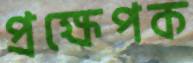
প্রক্ষেপক